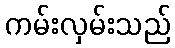
ကမ်းလှမ်းသည်